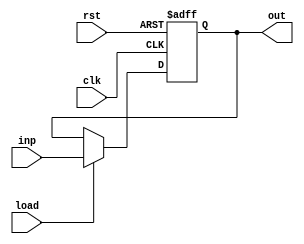
`timescale 1ns/1ns
module lRegister #(parameter n = 6)(clk, rst, inp, load, out);
  input clk,rst;
  input signed [n:0] inp;
  input load;
  output reg signed[n:0] out;
  always@(posedge clk, posedge rst)begin
    if (rst) out <= 0;
    else if (load) out <= inp;
    else out <= out;
  end
endmodule